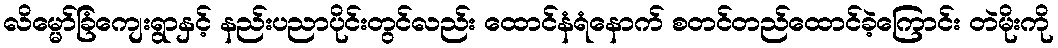
လိမ္မော်ခြံကျေးရွာနှင့် နည်းပညာပိုင်းတွင်လည်း ထောင်နံရံနောက် စတင်တည်ထောင်ခဲ့ကြောင်း တဲမိုးကို